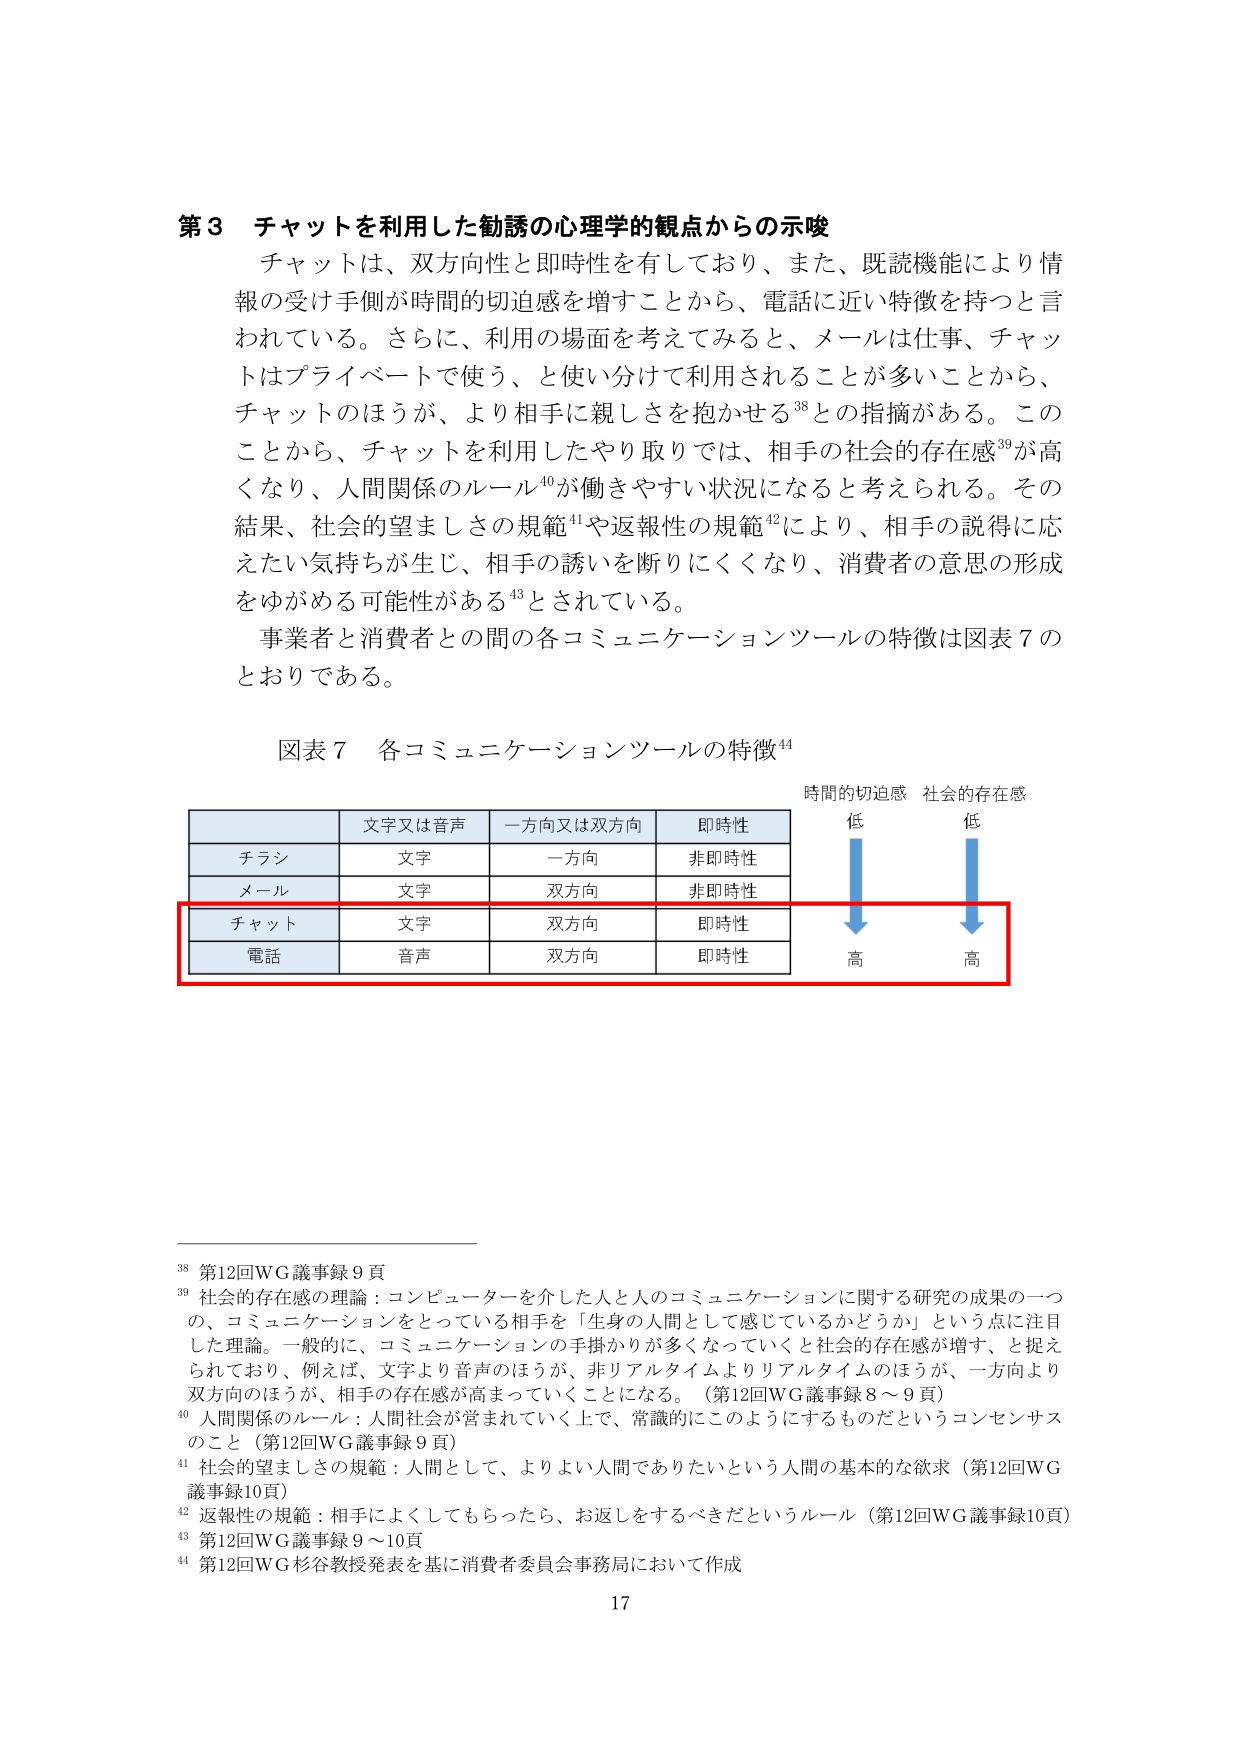
第3 チャットを利用した勧誘の心理学的観点からの示唆
チャットは、双方向性と即時性を有しており、また、既読機能により情報の受手側が時間的切迫感を増すことから、電話に近い特徴を持つと言われている。さらに、利用の場面を考えてみると、メールは仕事、チャットはプライベートで使う、と使い分けて利用されることが多いことから、チャットのほうが、より相手に親しさを抱かせる38との指摘がある。このことから、チャットを利用したやり取りでは、相手の社会的存在感39が高くなり、人間関係のルール40が働きやすい状況になると考えられる。その結果、社会的望ましさの規範41や返報性の規範42により、相手の説得に応えたい気持ちが生じ、相手の誘いを断りにくくなり、消費者の意思の形成をゆがめる可能性がある43とされている。
事業者と消費者との間の各コミュニケーションツールの特徴は図表7のとおりである。

図表7 各コミュニケーションツールの特徴44

| | 文字又は音声 | 一方向又は双方向 | 即時性 |
|---|---|---|---|
| チラシ | 文字 | 一方向 | 非即時性 |
| メール | 文字 | 双方向 | 非即時性 |
| チャット | 文字 | 双方向 | 即時性 |
| 電話 | 音声 | 双方向 | 即時性 |

時間的切迫感  社会的存在感
低 → 高
低 → 高

38 第12回WG議事録9頁
39 社会的存在感の理論：コンピューターを介した人と人のコミュニケーションに関する研究の成果の一つの、コミュニケーションをとっている相手を「生身の人間として感じているかどうか」という点に注目した理論。一般的に、コミュニケーションの手掛かりが多くなっていくと社会的存在感が増す、と捉えられており、例えば、文字より音声のほうが、非リアルタイムよりリアルタイムのほうが、一方向より双方向のほうが、相手の存在感が高まっていくことになる。（第12回WG議事録8～9頁）
40 人間関係のルール：人間社会が営まれていく上で、常識的にこのようにするものだというコンセンサスのこと（第12回WG議事録9頁）
41 社会的望ましさの規範：人間として、よりよい人間でありたいという人間の基本的な欲求（第12回WG議事録10頁）
42 返報性の規範：相手によくしてもらったら、お返しをするべきだというルール（第12回WG議事録10頁）
43 第12回WG議事録9～10頁
44 第12回WG杉谷教授発表を基に消費者委員会事務局において作成

17